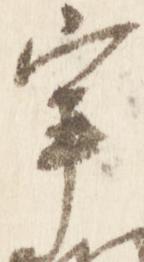
宰